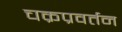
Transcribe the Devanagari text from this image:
चक्रप्रवर्तन